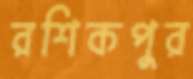
রশিকপুর